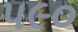
પ૯૦